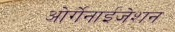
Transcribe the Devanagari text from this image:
ओर्गेनाईजेशन